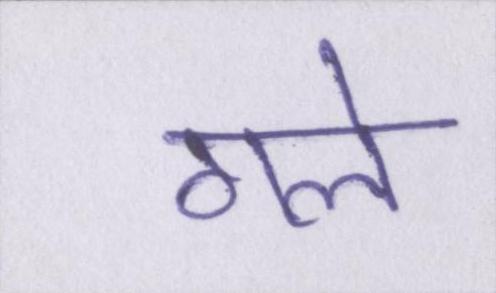
गले